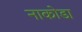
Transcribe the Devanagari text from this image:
नाकोडा